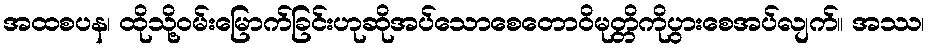
အထစပန၊ ထိုသို့ဝမ်းမြောက်ခြင်းဟုဆိုအပ်သောစေတောဝိမုတ္တိကိုပွားစေအပ်လျက်။ အဿ၊